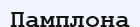
Памплона